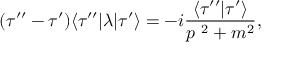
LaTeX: ( \tau ^ { \prime \prime } - \tau ^ { \prime } ) \langle \tau ^ { \prime \prime } | \lambda | \tau ^ { \prime } \rangle = - i { \frac { \langle \tau ^ { \prime \prime } | \tau ^ { \prime } \rangle } { p ^ { \ 2 } + m ^ { 2 } } } ,